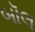
બૉલ